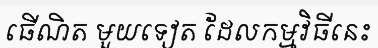
ធើណិត មួយទៀត ដែលកម្មវិធីនេះ